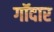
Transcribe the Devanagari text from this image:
गॉदार